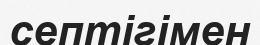
септігімен